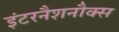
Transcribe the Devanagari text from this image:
इंटरनैशनौक्स